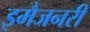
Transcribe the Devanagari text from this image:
इमैजनरी